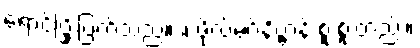
ရောင်ပြိုးပြက်သည်။ ။ ဖိုလ်မဂ်နိဗ္ဗာန် စူးစူးတည်း။